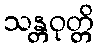
သန္တဝုတ္တိ